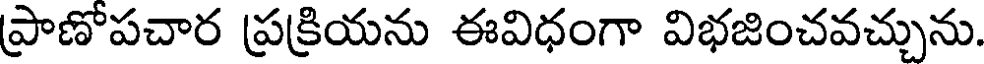
ప్రాణోపచార ప్రక్రియను ఈవిధంగా విభజించవచ్చును.